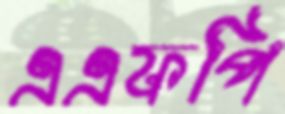
এএফপি